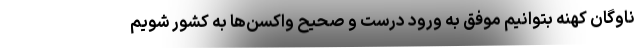
ناوگان کهنه بتوانیم موفق به ورود درست و صحیح واکسن‌ها به کشور شویم